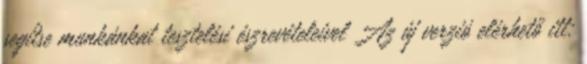
segítse munkánkat tesztelési észrevételeivel Az új verzió elérhető itt: